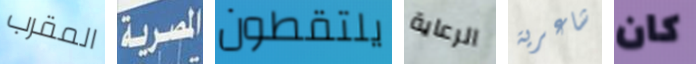
المقرب المصرية يلتقطون الرعاية شاعرية كان